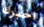
اخبرك